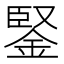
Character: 鋻